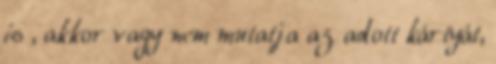
is , akkor vagy nem mutatja az adott kártyát,